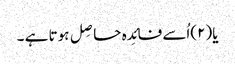
یا(۲)اُسے فائِدہ حاصِل ہوتا ہے ۔